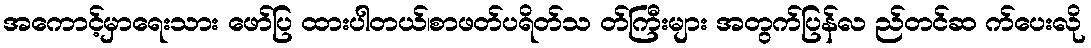
အကောင့်မှာရေးသား ဖော်ပြ ထားပါတယ်၊စာဖတ်ပရိတ်သ တ်ကြီးများ အတွက်ပြန်လ ည်တင်ဆ က်ပေးလို